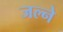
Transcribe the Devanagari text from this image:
जल्ने